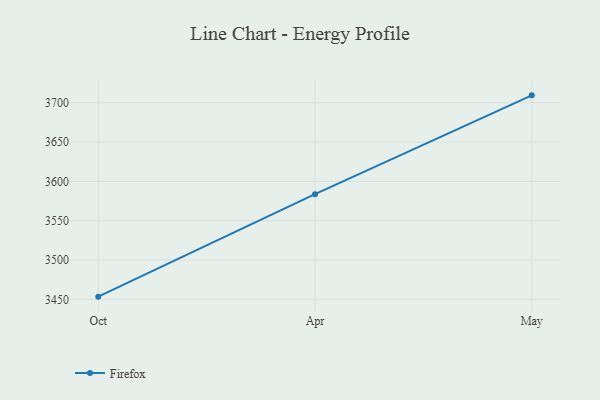
{"axis": {"x": "Month", "y": "Budget (USD K)"}, "legend": ["Firefox"], "data": [{"x": "Oct", "y": 3453.4, "type": "Firefox"}, {"x": "Apr", "y": 3583.8, "type": "Firefox"}, {"x": "May", "y": 3709.5, "type": "Firefox"}]}